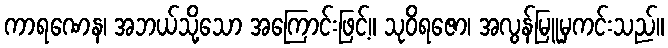
ကာရဏေန၊ အဘယ်သို့သော အကြောင်းဖြင့်။ သုဝိရဇော၊ အလွန်မြူမှကင်းသည်။